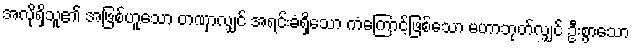
အလိုရှိသူ၏ အဖြစ်ဟူသော တဏှာလျှင် အရင်းခံရှိသော ကံကြောင့်ဖြစ်သော မဟာဘုတ်လျှင် ဦးစွာသော